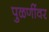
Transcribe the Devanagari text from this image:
पुळणींवर